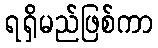
ရရှိမည်ဖြစ်ကာ